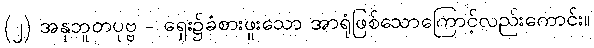
(၂) အနုဘူတပုဗ္ဗ - ရှေး၌ခံစားဖူးသော အာရုံဖြစ်သောကြောင့်လည်းကောင်း။